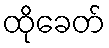
ထိုခေတ်